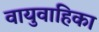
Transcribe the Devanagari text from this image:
वायुवाहिका